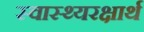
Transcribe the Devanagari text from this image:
स्वास्थ्यरक्षार्थ